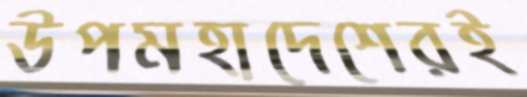
উপমহাদেশেরই